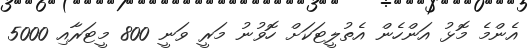
އެންމެ މޮޅު އަންހެން އެތުލީޓަކަށް ހޮވުނު މަރީ ވަނީ 800 މީޓަރާއި 5000